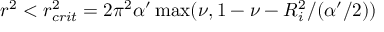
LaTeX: r ^ { 2 } < r _ { c r i t } ^ { 2 } = 2 \pi ^ { 2 } \alpha ^ { \prime } \operatorname * { m a x } ( \nu , 1 - \nu - R _ { i } ^ { 2 } / ( \alpha ^ { \prime } / 2 ) )